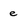
Character: e